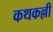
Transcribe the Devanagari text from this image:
कथकल्ली